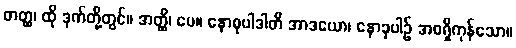
တတ္ထ၊ ထို ဒုက်တို့တွင်။ အတ္ထိ၊ ပေ။ နောစုပါဒါတိ အာဒယော၊ နောခုပါဉ် အစရှိကုန်သော။